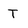
Character: T